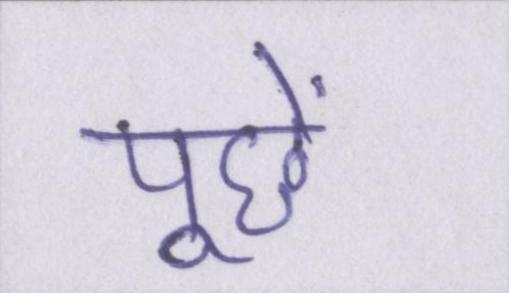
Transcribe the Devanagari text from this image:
पूछें